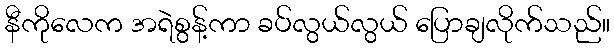
နီကိုလေက အရဲစွန့်ကာ ခပ်လွယ်လွယ် ပြောချလိုက်သည်။